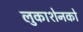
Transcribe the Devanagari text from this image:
लुकाशेनको